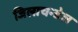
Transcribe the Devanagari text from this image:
जिलाचन्डेल